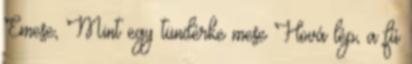
Emese, Mint egy tündérke mese Hová lép, a fű